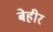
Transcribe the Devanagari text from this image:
बेहीर